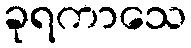
ခုရကာသေ